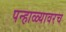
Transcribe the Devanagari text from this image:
पन्हाळ्यावरच